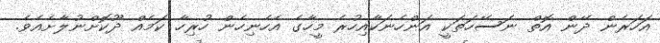
އަހަރެން ދޭން އޮތް ނަސޭހަތަކީ އަންހެނަކާއިހުރެ މީހާގެ އެހެނިހެން ހުރިހާ ކަމެއް ދޫކޮށްނުލާށެއެވެ.